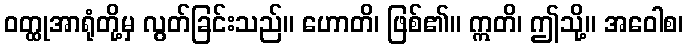
ဝတ္ထုအာရုံတို့မှ လွတ်ခြင်းသည်။ ဟောတိ၊ ဖြစ်၏။ ဣတိ၊ ဤသို့။ အဝေါစ၊